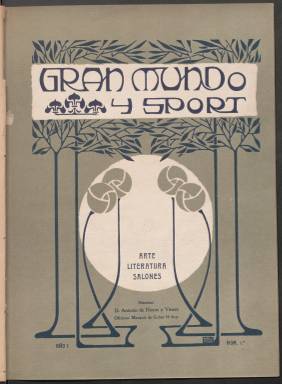
Título: Gran mundo y sport
Colección: Revistas de información general
Ámbito geográfico: Madrid
Lugar de publicación: Madrid
Fechas: 20/04/1906-30/11/1906